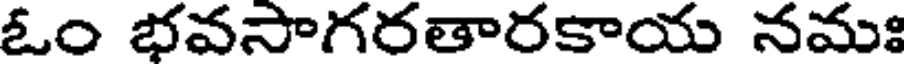
ఓం భవసాగరతారకాయ నమః